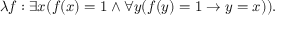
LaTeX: \lambda f : \exists x ( f ( x ) = 1 \land \forall y ( f ( y ) = 1 \rightarrow y = x ) ) .